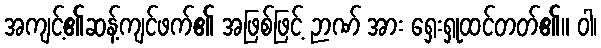
အကျင့်၏ဆန့်ကျင်ဖက်၏ အဖြစ်ဖြင့် ဉာဏ် အား ရှေးရှုထင်တတ်၏။ ဝါ၊